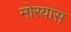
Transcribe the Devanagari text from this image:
मोरयास